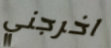
اخرجني